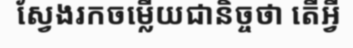
ស្វែងរកចម្លើយជានិច្ចថា តើអ្វី